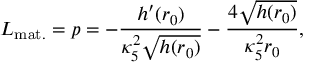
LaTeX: { \cal L } _ { \mathrm { m a t . } } = p = - \frac { h ^ { \prime } ( r _ { 0 } ) } { \kappa _ { 5 } ^ { 2 } \sqrt { h ( r _ { 0 } ) } } - \frac { 4 \sqrt { h ( r _ { 0 } ) } } { \kappa _ { 5 } ^ { 2 } r _ { 0 } } ,